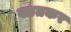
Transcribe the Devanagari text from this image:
वडतकर